Vaccine operations Central Provinces & Berar 1922-1929 - 1922-1929
Year: 1922
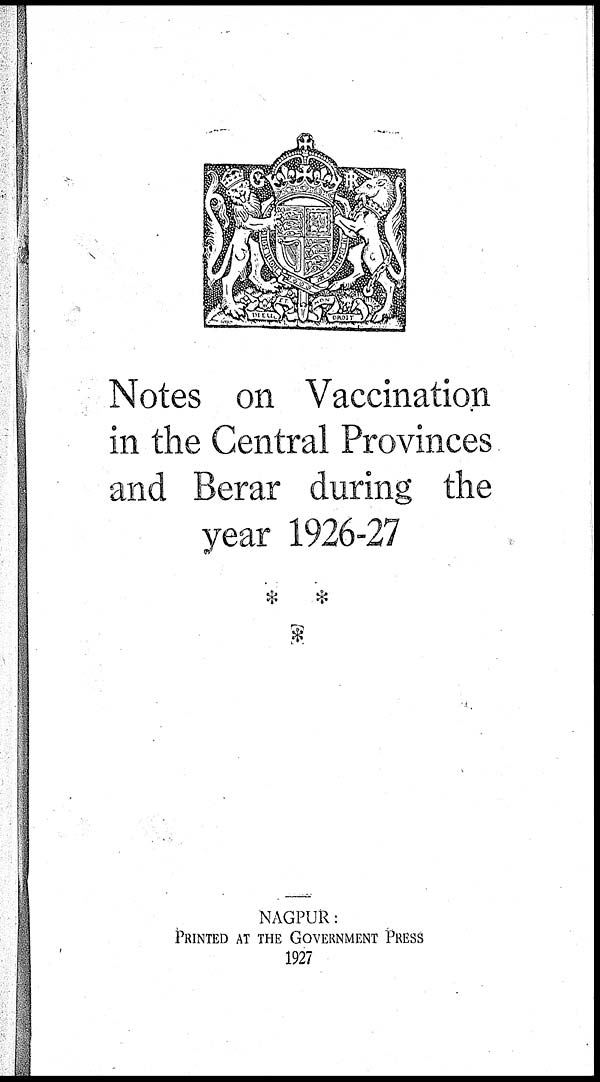
Notes on Vaccination
in the Central Provinces
and Berar during the
year 1926-27
NAGPUR:
PRINTED AT THE GOVERNMENT PRESS
1927